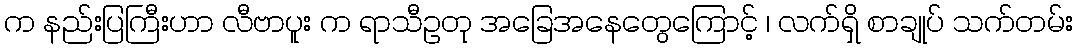
က နည်းပြကြီးဟာ လီဗာပူး က ရာသီဥတု အခြေအနေတွေကြောင့် ၊ လက်ရှိ စာချုပ် သက်တမ်း